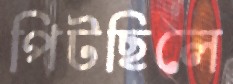
পিটছিলে